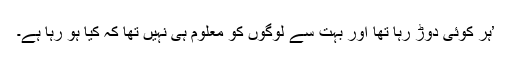
’ہر کوئی دوڑ رہا تھا اور بہت سے لوگوں کو معلوم ہی نہیں تھا کہ کیا ہو رہا ہے۔